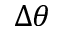
\Delta \theta